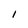
Character: 1